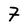
Character: F